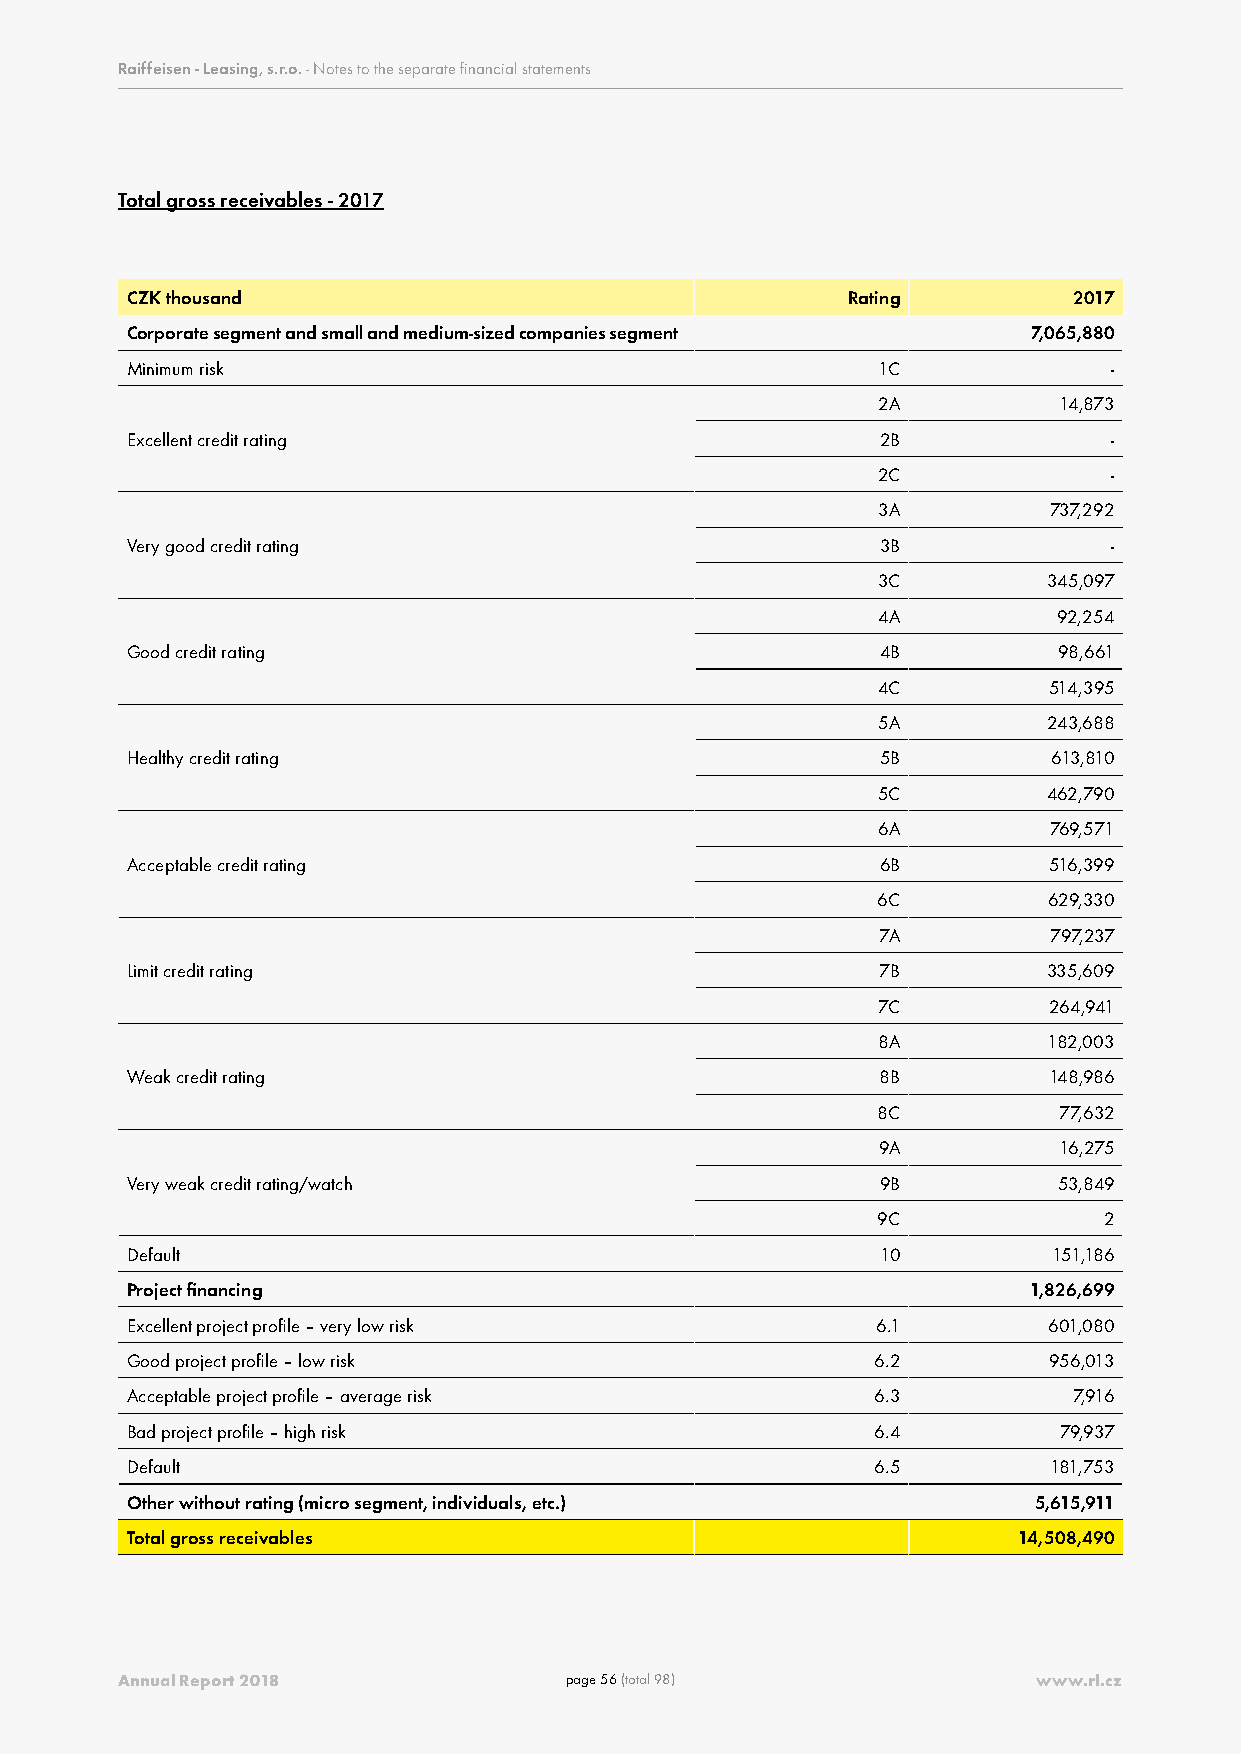
Raiffeisen - Leasing, s.r.o. - Notes to the separate financial statements
 Total gross receivables - 2017
 CZK thousand                                    Rating         2017
 Corporate segment and small and medium-sized companies segment 7,065,880
 Minimum risk                                      1C              -
 2A          14,873
 Excellent credit rating                           2B              -
 2C              -
 3A         737,292
 Very good credit rating                           3B              -
 3C         345,097
 4A          92,254
 Good credit rating                                4B          98,661
 4C         514,395
 5A         243,688
 Healthy credit rating                             5B          613,810
 5C         462,790
 6A         769,571
 Acceptable credit rating                          6B         516,399
 6C         629,330
 7A         797,237
 Limit credit rating                               7B         335,609
 7C         264,941
 8A         182,003
 Weak credit rating                                8B         148,986
 8C          77,632
 9A          16,275
 Very weak credit rating/watch                     9B          53,849
 9C             2
 Default                                           10          151,186
 Project financing                                           1,826,699
 Excellent project profile – very low risk         6.1        601,080
 Good project profile – low risk                   6.2        956,013
 Acceptable project profile – average risk         6.3          7,916
 Bad project profile – high risk                   6.4         79,937
 Default                                           6.5         181,753
 Other without rating (micro segment, individuals, etc.)     5,615,911
 Total gross receivables                                    14,508,490
 Annual Report 2018           page 56 (total 98)              www.rl.cz